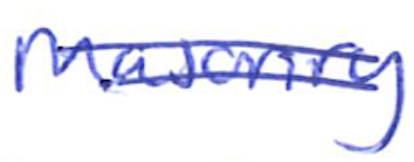
Text: Masonry
Cross-out: double-line
Writing tool: ballpoint